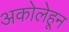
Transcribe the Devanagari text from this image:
अकोलेहून